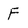
Character: F